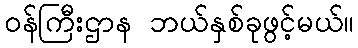
ဝန်ကြီးဌာန ဘယ်နှစ်ခုဖွင့်မယ်။